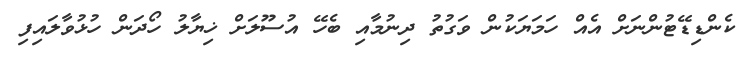
ކެންޑިޑޭޓުންނަށް އެއް ހަމަޔަކުން ވަގުތު ދިނުމާއި ބެހޭ އުސޫލަށް ޚިޔާލު ހޯދަން ހުޅުވާލައިފި